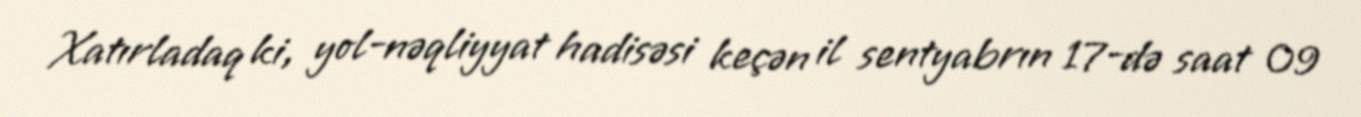
Xatırladaq ki, yol-nəqliyyat hadisəsi keçən il sentyabrın 17-də saat 09